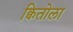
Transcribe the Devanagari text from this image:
क्वितोला